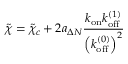
\tilde { \chi } = \tilde { \chi } _ { c } + 2 a _ { \Delta N } \frac { k _ { \mathrm { o n } } k _ { \mathrm { o f f } } ^ { ( 1 ) } } { \left( k _ { \mathrm { o f f } } ^ { ( 0 ) } \right) ^ { 2 } }